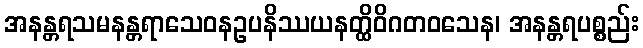
အနန္တရသမနန္တရာသေဝနဥပနိဿယနတ္ထိဝိဂတဝသေန၊ အနန္တရပစ္စည်း